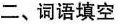
二、词语填空